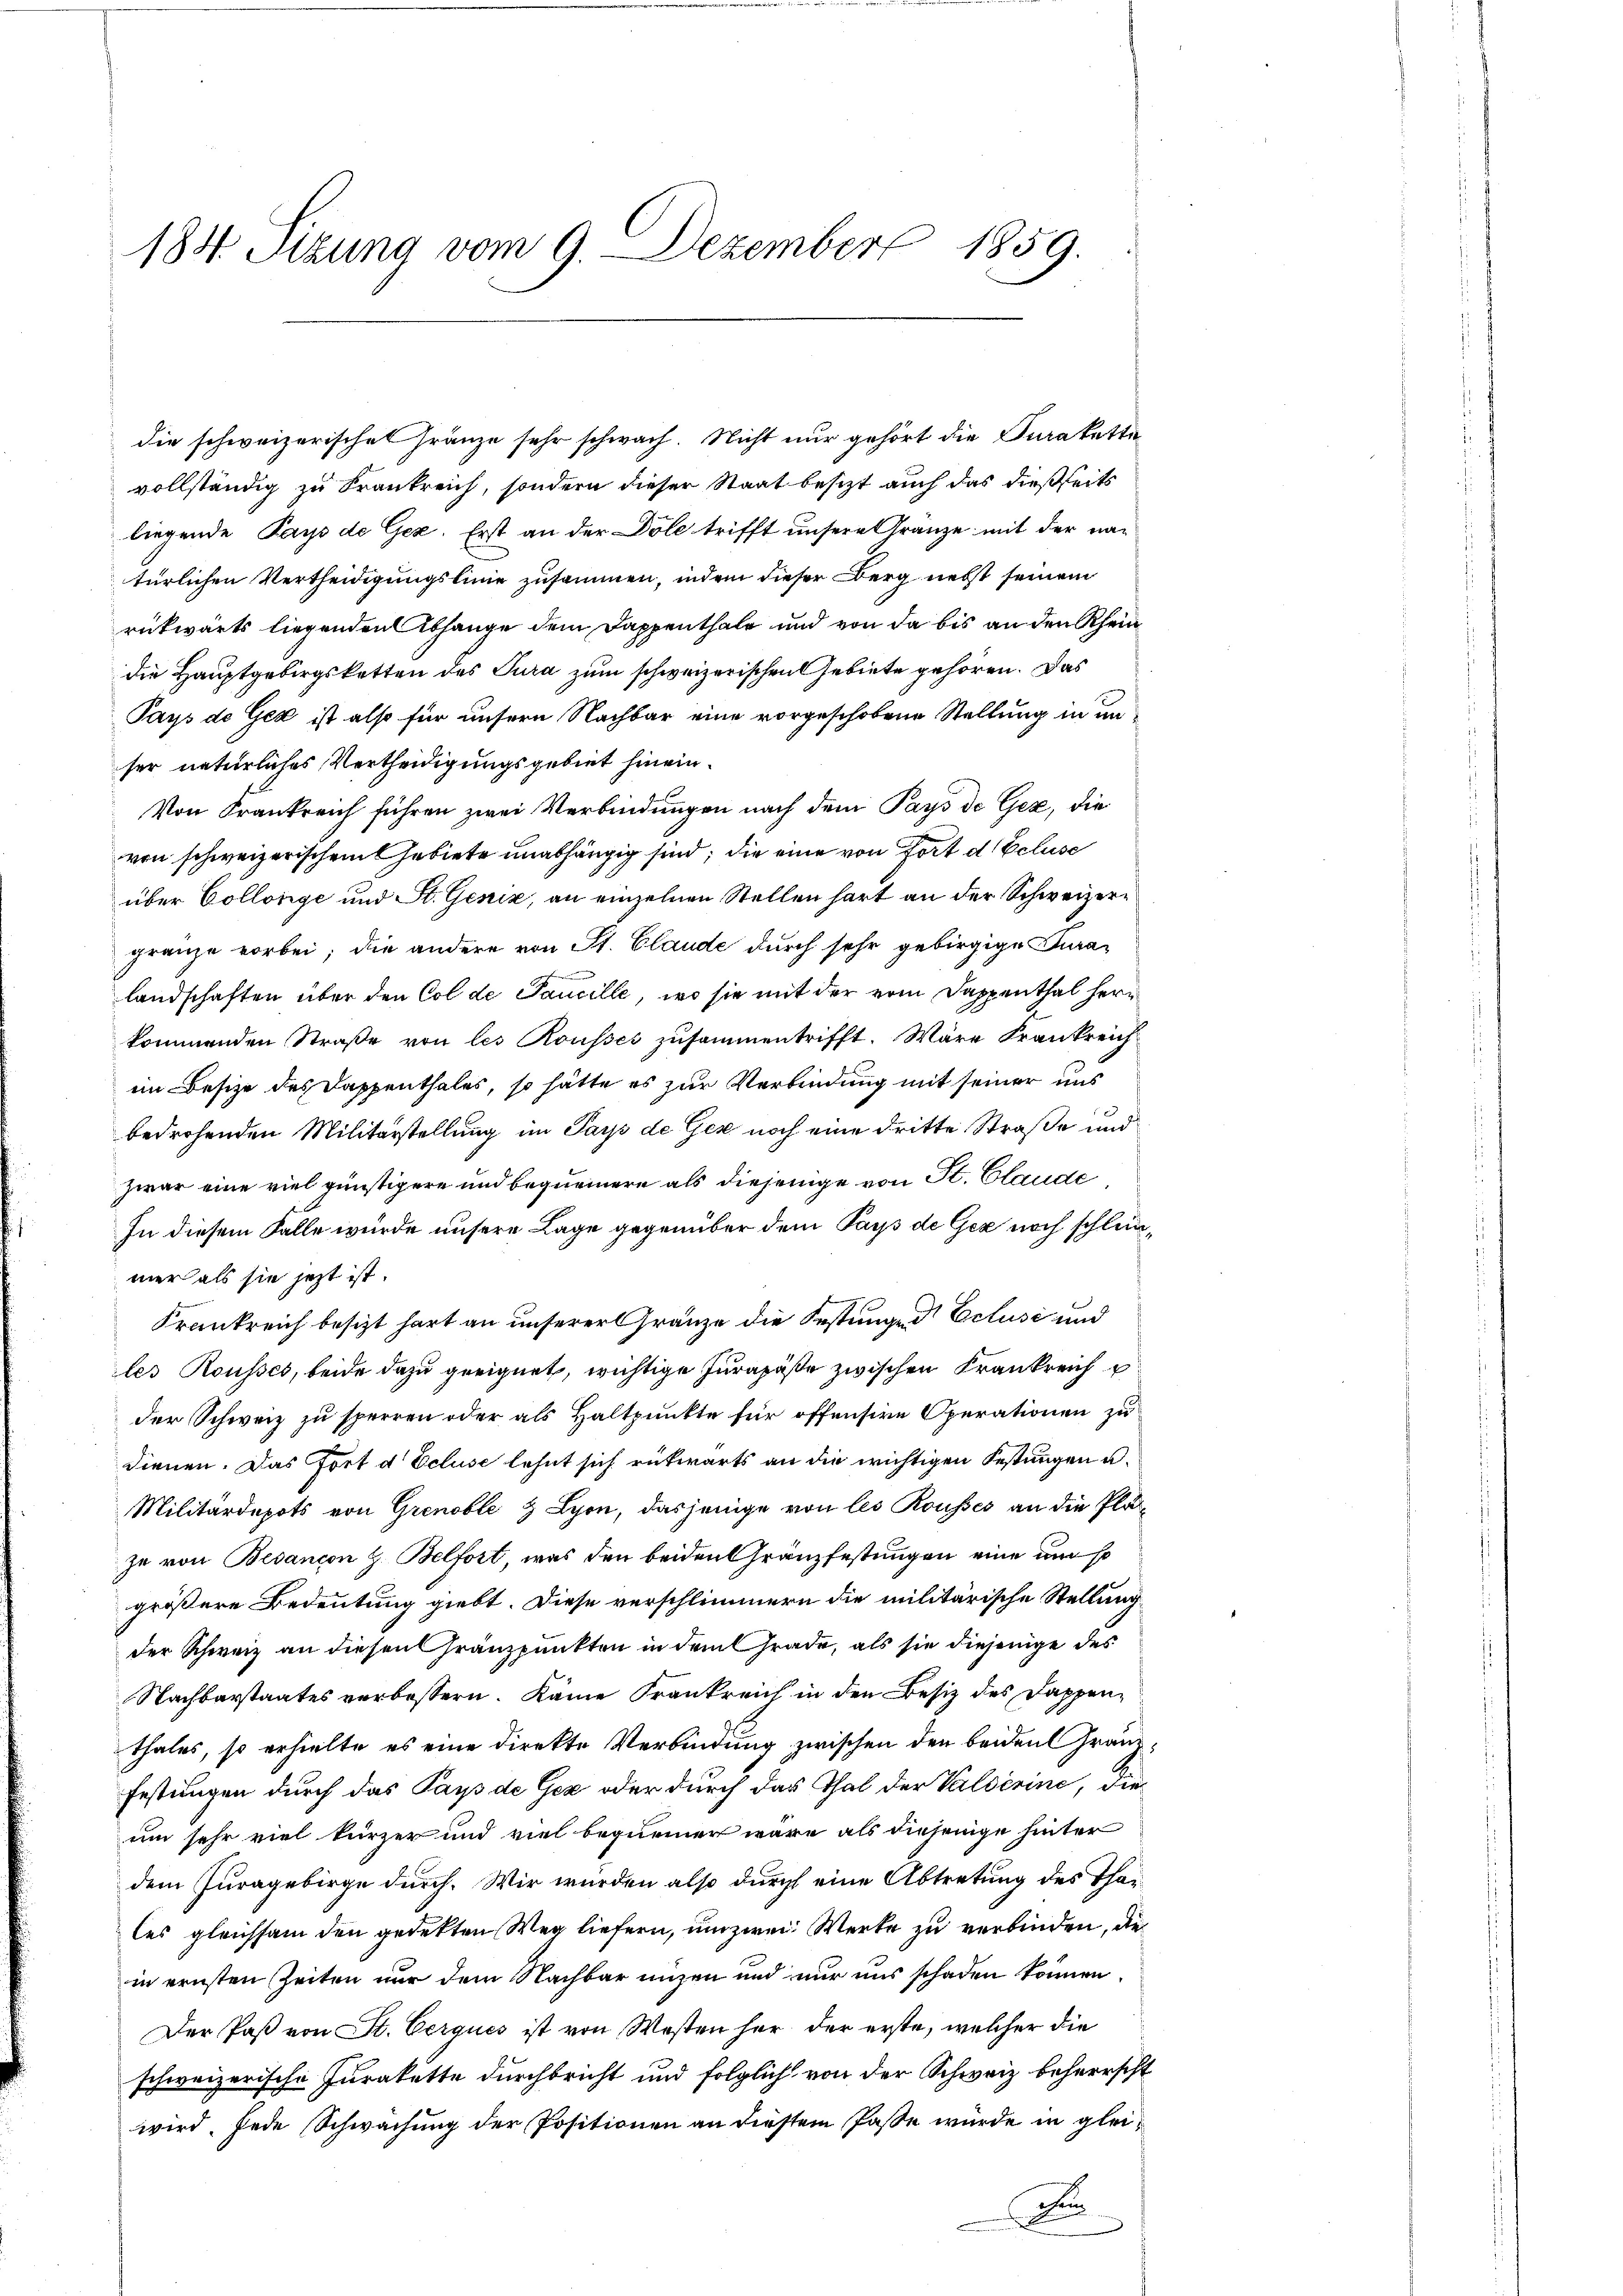
184. Sitzung vom 9. Dezember 1859.

die schweizerischen Gränze sehr schwach. Nicht nur gehört die Juraketta
vollständig zu Frankreich, sondern dieser Staat besizt auch das dießseits
liegende Pays de Gez. Erst an der Dole trifft unsere Gränze mit der natürlichen Vertheidigungslinie zusammen, indem dieser Berg nebst seinem
rückwärts liegenden Abhange dem Dappenthale und von da bis an den Rhein
die Hauptgebirgsketten des Tura zum schweizerischen Gebiete gehören. Das
Pays de Gex ist also für unsern Nachbar eine vorgeschobene Stellung in un
ser natürliches Vertheidigungsgebiet hinein¬
Von Frankreich führen zwei Verbindungen nach dem Pays de Gex, die
ven schweizerischen Gebiete unabhängig sind, die eine von fort d Ecluse
über Collenge und St. Geniz, an einzelnen Stellen hart an der Schweizergränze vorbei; die andere von St. Claude durch sehr gebirgige Turalandschaften über den Col de Pancelle, wo sie mit der vom Dappenthal herr
kommenden Straße von les Rousses zusammentrifft. Wäre Frankreich
im Besize des Dappenthales, so hätte es zur Verbindung mit seiner uns
bedrohenden Militärstellung im Papp de Gex noch eine dritte Straße und
zwar eine viel günstigere und bequemere als diejenige von St. Claude
In diesem Falle wurde unsere Lage gegenüber dem Pays de Gez noch schlunmer als sie jetzt ist.
Krankreich besizt hart an unserer Gränze die Festungen Eclusi und
les Rousses, beide dazu geeignet, wichtige Jurapäße zwischen Frankreich
der Schweiz zu sperren oder als Haltpunkte für offensire Operationen zu
dienen. Das Fort d Ecluse lehnt sich rükwärts an die wichtigen Festungen u.
Militärdepots von Grenoble & Lyon, dasjenige von les Rousses an die Plaze von Besançon G. Belfort, was den beiden Granzfestungen eine und so
größere Bedeutung giebt. Diese verschlimmern die militärische Stellung
der Schweiz an diesen Gränzpunkten in dem Grade, als sie diejenige des
Nachbarstaates verbessern. Kame Frankreich in den Besiz des Dappenthales, so erhielte es eine direkte Verbindung zwischen den beiden Franz¬
Festungen durch das Pays de Gez oder durch das Thal der Valserine, die
um sehr viel kürzer und viel bequemer wäre als diejenige hinter
dem Juragebirge durch. Wir wurden also durch eine Abtretung des Thales gleichsam den gedekten Weg liefern, um zwei Werke zu verbinden, die
in ernsten Zeiten nur dem Nachbar unzen und nur uns schaden können.
Der Paß von St. Cerques ist von Westen her der erste, welcher die
schweizerische Jurakette durchbricht und folglich von der Schweiz beherrscht
wird, jede Schwachung der Positionen an diesem Pässe wurde in glei¬
A